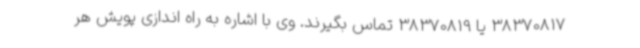
38370817 یا 38370819 تماس بگیرند. وی با اشاره به راه اندازی پویش هر